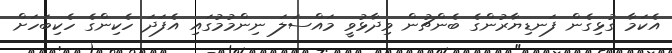
އެކަމާ ގުޅިގެން ފަނޑިޔާރުންގެ ބެންޗުން ވިދާޅުވީ މައްސަލަ ނިންމުމުގައި އެފަދަ ހެކިންގެ ހެކިބަހަށް